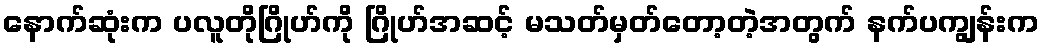
နောက်ဆုံးက ပလူတိုဂြိုဟ်ကို ဂြိုဟ်အဆင့် မသတ်မှတ်တော့တဲ့အတွက် နက်ပကျွန်းက